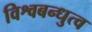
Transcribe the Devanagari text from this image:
विश्वबन्धुत्व